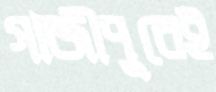
গাজীপুরেই